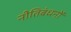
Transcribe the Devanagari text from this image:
नीतिबंधनों